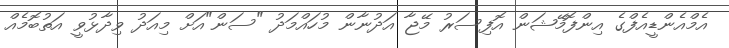
އެމްއެންޑީއެފްގެ އިންފޮމޭޝަން އޮފިސަރު މޭޖާ އަދުނާން މުހައްމަދު "ސަން"އަށް މިއަދު ވިދާޅުވީ އަތުބޮމެއް